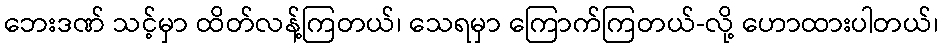
ဘေးဒဏ် သင့်မှာ ထိတ်လန့်ကြတယ်၊ သေရမှာ ကြောက်ကြတယ်-လို့ ဟောထားပါတယ်၊